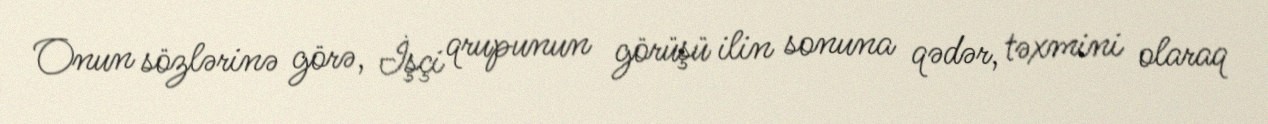
Onun sözlərinə görə, İşçi qrupunun görüşü ilin sonuna qədər, təxmini olaraq